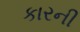
કારની